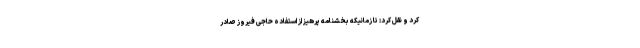
کرد و نقل کرد: تا زمانیکه بخشنامه پرهیز از استفاده حاجی فیروز صادر